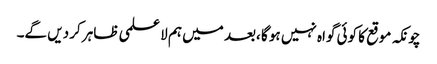
چونکہ موقع کا کوئی گواہ نہیں ہو گا ،بعد میں ہم لا علمی ظاہر کر دیں گے۔